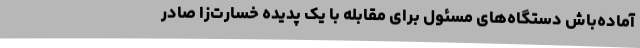
آماده‌باش دستگاه‌های مسئول برای مقابله با یک پدیده خسارت‌زا صادر